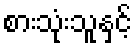
စားသုံးသူနှင့်